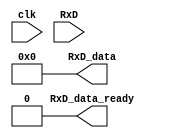
module async_receiver(
    input clk,
    input RxD,
    output reg RxD_data_ready = 0,
    output reg [7:0] RxD_data = 0  // data received, valid only (for one clock cycle) when RxD_data_ready is asserted
);

parameter ClkFrequency = 50000000;
parameter Baud = 115200;
parameter Oversampling = 4;	// needs to be a power of 2


////////////////////////////////
//place your code here
////////////////////////////////

endmodule